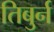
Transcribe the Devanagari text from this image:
तिबुर्न